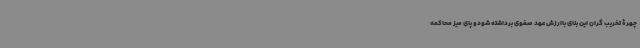
چهرۀ تخریب گران این بنای باارزش عهد صفوی برداشته شودو پای میز محاکمه